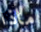
ماذا